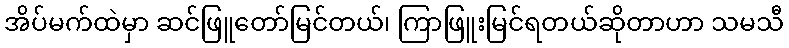
အိပ်မက်ထဲမှာ ဆင်ဖြူတော်မြင်တယ်၊ ကြာဖြူးမြင်ရတယ်ဆိုတာဟာ သမသီ